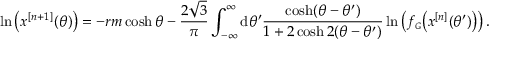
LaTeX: \ln \left( x ^ { [ n + 1 ] } ( \theta ) \right) = - r m \cosh \theta - \frac { 2 \sqrt { 3 } } { \pi } \int _ { - \infty } ^ { \infty } \mathrm { d } \theta ^ { \prime } \frac { \cosh ( \theta - \theta ^ { \prime } ) } { 1 + 2 \cosh 2 ( \theta - \theta ^ { \prime } ) } \ln \left( f _ { \scriptscriptstyle G } \bigl ( x ^ { [ n ] } ( \theta ^ { \prime } ) \bigr ) \right) .